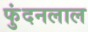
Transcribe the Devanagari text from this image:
फुंदनलाल